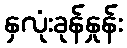
နှလုံးခုန်နှုန်း